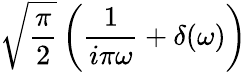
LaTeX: {\sqrt{\frac{\pi}{2}}}\left({\frac{1}{i\pi\omega}}+\delta(\omega)\right)